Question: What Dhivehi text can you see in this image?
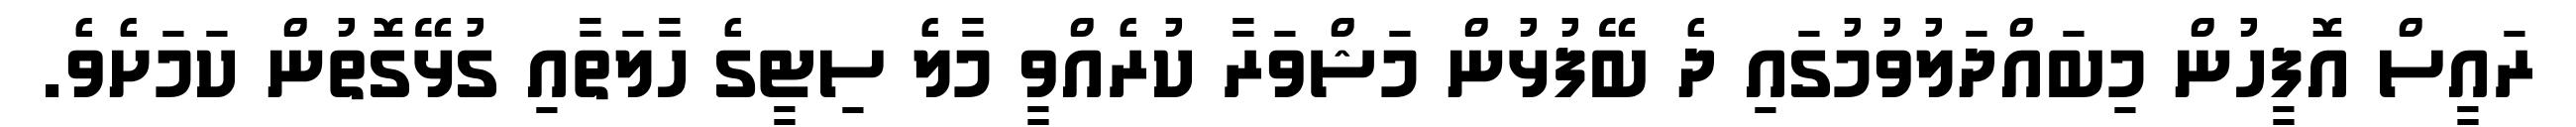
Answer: ރައީސް އޮފީހުން މިބައްދަލުވުމުގައި ދެ ބޭފުޅުން މަޝްވަރާ ކުރެއްވީ މާލެ ސިޓީގެ ހާލަތާއި ގުޅޭގޮތުން ކަމަށެވެ.